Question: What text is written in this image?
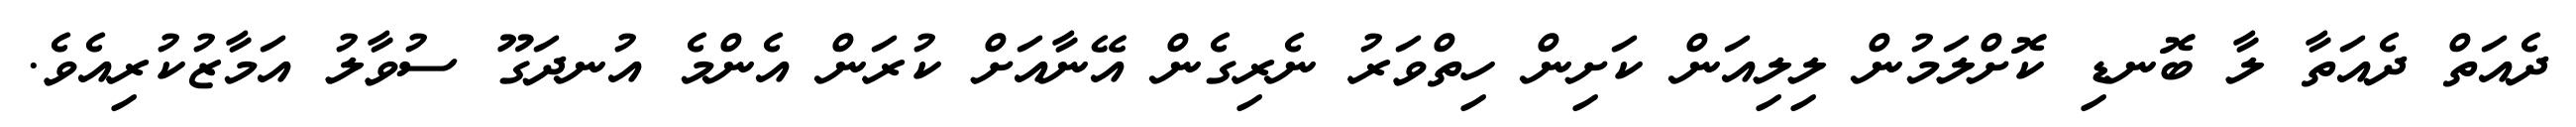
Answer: ދެއަތް ދެއަތާ ލާ ބޮނޑި ކޮށްލަމުން ލިލިއަން ކަށިން ހިތްވަރު ނެރިގެން އޭނާއަށް ކުރަން އެންމެ އުނދަގޫ ސުވާލު އަމާޒުކުރިއެވެ.